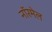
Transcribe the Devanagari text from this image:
नॉरमेल